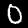
Digit: 0